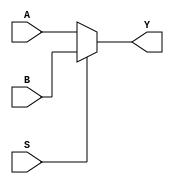
module mux_2to1 (
    input wire A, // Data input A
    input wire B, // Data input B
    input wire S, // Select input
    output reg Y // Output
);

always @ (A, B, S)
    begin
        if (S == 1'b0)
            Y = A;
        else
            Y = B;
    end

endmodule